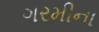
ગરમીના